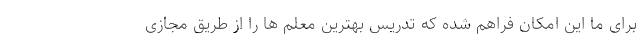
برای ما این امکان فراهم شده که تدریس بهترین معلم ها را از طریق مجازی